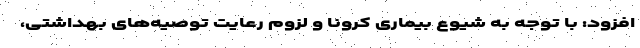
افزود: با توجه به شیوع بیماری کرونا و لزوم رعایت توصیه‌های بهداشتی،